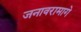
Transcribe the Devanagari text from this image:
जनावरामागे